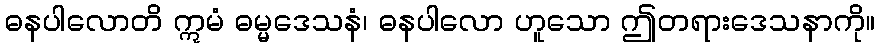
ဓနပါလောတိ ဣမံ ဓမ္မဒေသနံ၊ ဓနပါလော ဟူသော ဤတရားဒေသနာကို။